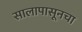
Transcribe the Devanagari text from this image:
सालापासूनचा